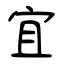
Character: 宜